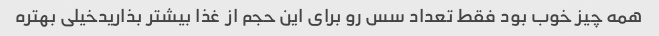
همه چیز خوب بود فقط تعداد سس رو برای این حجم از غذا بیشتر بذاریدخیلی بهتره